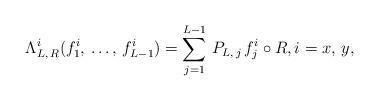
LaTeX: \begin{align*} \Lambda^i_{L , \, R} (f_1^i, \, \dots , \, f_{L-1}^i) = \sum_{j=1}^{L-1} \, P_{L, \, j} \, f_j^i \circ R , i= x, \, y,\end{align*}